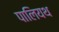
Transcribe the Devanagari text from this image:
पालियथ